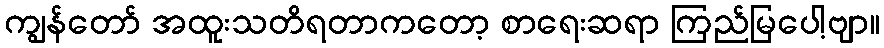
ကျွန်တော် အထူးသတိရတာကတော့ စာရေးဆရာ ကြည်မြပေါ့ဗျာ။